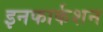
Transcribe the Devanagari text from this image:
इनफार्कशन